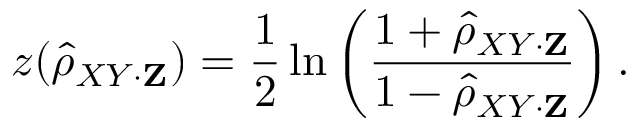
z ( { \hat { \rho } } _ { X Y \cdot \mathbf { Z } } ) = { \frac { 1 } { 2 } } \ln \left( { \frac { 1 + { \hat { \rho } } _ { X Y \cdot \mathbf { Z } } } { 1 - { \hat { \rho } } _ { X Y \cdot \mathbf { Z } } } } \right) .